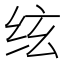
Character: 𰬈